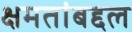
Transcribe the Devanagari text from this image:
क्षमतांबद्दल